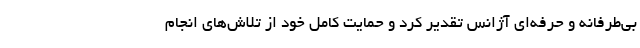
بی‌طرفانه و حرفه‌ای آژانس تقدیر کرد و حمایت کامل خود از تلاش‌های انجام